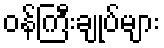
ဝန်ကြီးချုပ်များ